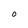
Character: O